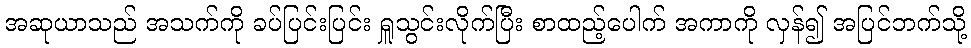
အဆုယာသည် အသက်ကို ခပ်ပြင်းပြင်း ရှူသွင်းလိုက်ပြီး စာထည့်ပေါက် အကာကို လှန်၍ အပြင်ဘက်သို့